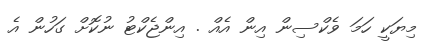
މިޔަކީ ހަމަ ވެކްސިން އިން އެއް . އިންޖެކްޓު ނުކޮށް ގަހުން އެ